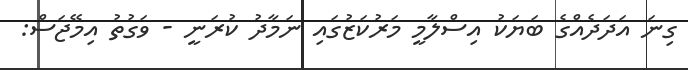
ގިނަ އަދަދެއްގެ ބަޔަކު އިސްލާމީ މަރުކަޒުގައި ނަމާދު ކުރަނީ - ވަގުތު އިމޭޖަސް: